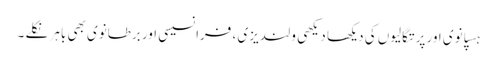
ہسپانوی اور پرتگالیوں کی دیکھا دیکھی ولندیزی ، فرانسیسی اور برطانوی بھی باہر نکلے ۔